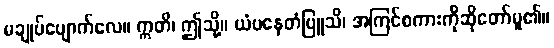
မချုပ်ပျောက်လေ။ ဣတိ၊ ဤသို့။ ယံပနေတံဗြူသိ၊ အကြင်စကားကိုဆိုတော်မူ၏။